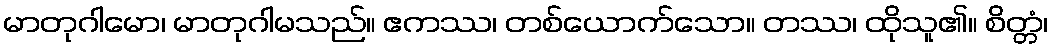
မာတုဂါမော၊ မာတုဂါမသည်။ ဧကဿ၊ တစ်ယောက်သော။ တဿ၊ ထိုသူ၏။ စိတ္တံ၊